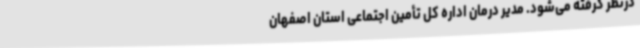
درنظر گرفته می‌شود. مدیر درمان اداره کل تأمین اجتماعی استان اصفهان